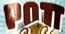
POTT